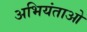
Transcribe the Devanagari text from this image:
अभियंताओ